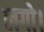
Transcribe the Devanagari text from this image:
लगो।